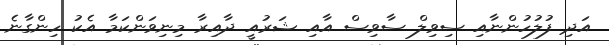
އަދި ފުލުހުންނާއި ސިވިލް ސާވިސް އާއި ޝަރުއީ ދާއިރާ މިނިވަންކަމާ އެކު ހިންގާނެ